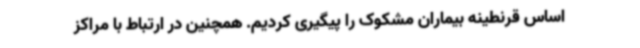
اساس قرنطینه بیماران مشکوک را پیگیری کردیم. همچنین در ارتباط با مراکز